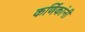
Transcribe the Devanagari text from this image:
कर्णिकांनी